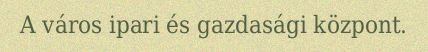
A város ipari és gazdasági központ.